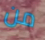
من